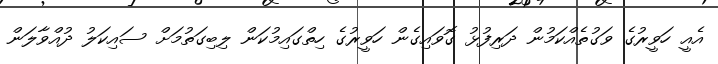
އެއީ ހަވީރުގެ ވަގުތެއްކަމުން ދަރިފުޅު ގޮވައިގެން ހަވީރުގެ ހިތްގައިމުކަން ލިބިގަތުމަށް ސައިކަލު ދުއްވާލަން